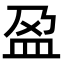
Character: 𫞰